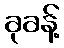
ခုခန့်